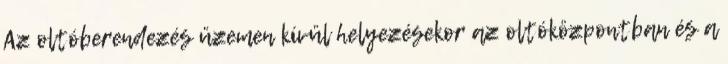
Az oltóberendezés üzemen kívül helyezésekor az oltóközpontban és a